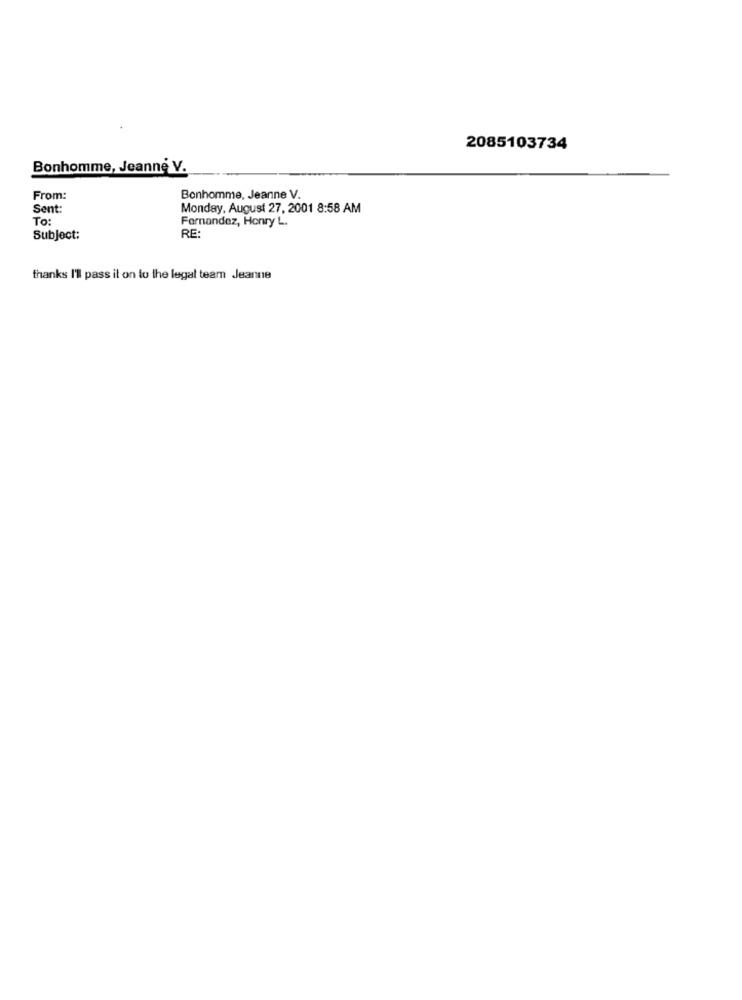
2085103734
Bonhomme, Jeanne V.
From:
Bonhomme, Jeanne V.
Sent:
Monday, August 27, 2001 8:58 AM
To:
Fernandez, Honry L.
Subject:
RE:
thanks I'll pass il on to the legal team Jeanne